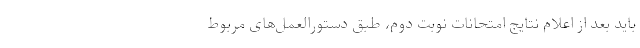
باید بعد از اعلام نتایج امتحانات نوبت دوم، طبق دستورالعمل‌های مربوط